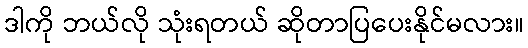
ဒါကို ဘယ်လို သုံးရတယ် ဆိုတာပြပေးနိုင်မလား။